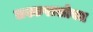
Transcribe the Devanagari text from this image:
लश्करासोबत